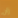
زان